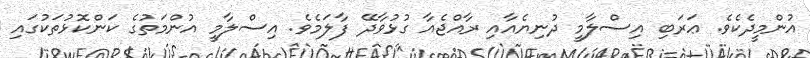
އުންމީދެކެވެ. ޢަރަބި އިސްލާމީ ދުނިޔެއާއި ރާއްޖެއާ ގުޅުވާދޭ ފާލަމެވެ. އިސްލާމީ އުންމަތުގެ ކަންކޮޅުތަކުގައި